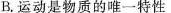
B.运动是物质的唯一特性